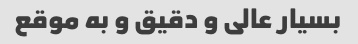
بسیار عالی و دقیق و به موقع